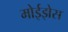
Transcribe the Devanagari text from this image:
मोईझेस